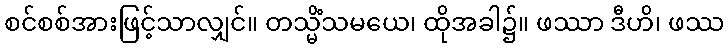
စင်စစ်အားဖြင့်သာလျှင်။ တသ္မိံသမယေ၊ ထိုအခါ၌။ ဖဿာ ဒီဟိ၊ ဖဿ